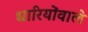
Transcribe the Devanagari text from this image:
धारियोंवाले